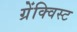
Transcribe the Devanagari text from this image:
ग्रेंक्विस्ट